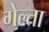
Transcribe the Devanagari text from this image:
गेल्ता